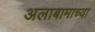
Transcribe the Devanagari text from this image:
अलाबामाच्या